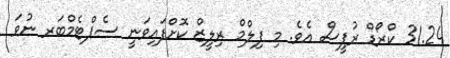
31.24 ކްރޯޑް ރުޕީސް އެވެ. މި ފިލްމް ރިލީޒް ކޮށްފައިވަނީ ސެޕްޓެމްބަރ ނުވަ